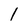
Character: 1